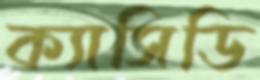
ক্যাসিডি